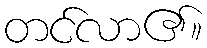
တင်လာ၏။